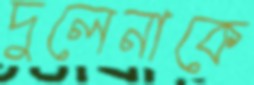
দুলেনাকে